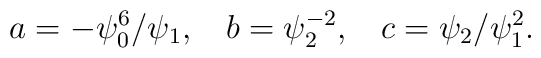
a = - \psi_0^6/\psi_1, \: \: \: \: b=\psi_2^{-2}, \: \: \: \:c=\psi_2/\psi_1^2.